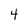
Character: 4